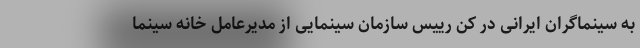
به سینماگران ایرانی در کن رییس سازمان سینمایی از مدیرعامل خانه سینما